system: You are a helpful assistant.
user:
Analyze the provided spectrum to determine if it is a **Carbon Star (C-type)**.

- **Key Visual Indicators of Carbon Star:**
    - **(Primary):** Strong molecular absorption from **C₂ (diatomic carbon) "Swan Bands."** This is the **defining feature** of a carbon star.
        - **(Key Bandheads):** Sharp absorption edges are visible at approximately $5635$ Å, $5165$ Å (the strongest band), and $4737$ Å.
        - **(Line Profile):** Creates a distinct **"saw-tooth"** pattern. The key morphology is a sharp, steep bandhead on the **red (long-wavelength) side**, which then gradually tapers off (i.e., flux recovers) towards the **blue (short-wavelength) side**. *(This is the direct opposite of the TiO bands seen in M-type stars)*.

    - **(Secondary):** Intense **CN (cyanogen)** molecular absorption bands.
        - **(Key Bandheads):** Located in the blue and violet regions of the spectrum (e.g., near $4215$ Å and $3883$ Å).
        - **(Morphology):** These bands are extremely broad and act as a "blanket," absorbing the vast majority of blue and violet light. This creates a characteristic **"cliff"** or **"steep drop-off"** in the spectrum's flux at short wavelengths.

    - **(Key Confirmation):** Strong **CH absorption band (G-band)**.
        - **(Key Bandhead):** Located around $4300$ Å. The contribution from CH molecules to this band is exceptionally strong.

    - **(Overall Spectrum):**
        - The continuum is severely "chopped up" by these deep molecular bands, especially C₂, rather than appearing as a smooth curve.
        - Due to the heavy CN and C₂ absorption in the blue-green, the vast majority of the star's flux is concentrated in the red part of the spectrum, giving the star its characteristic deep red color.

Think first, call **spectral_visualization_tool** if needed to examine features in detail, then provide your final answer. Your response must adhere to the following strict rules:
1.  **Overall Structure:** Your response must follow the format `<think>...</think> <tool_call>...</tool_call> (if a tool is used) <answer>...</answer>`.
2.  **Tool Usage Constraint:** You may only make **one** tool call per turn.
3.  **Final Answer Format:** In the `<answer>` tag, your conclusion must be inside a `\boxed{}` command (e.g., `\boxed{YES}`), followed by your justification.

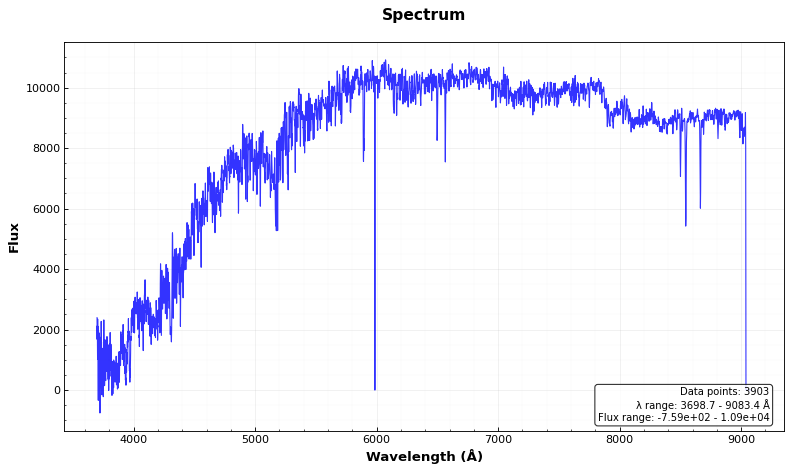
Answer: NO